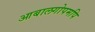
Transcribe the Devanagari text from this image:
आबालगोपमपि